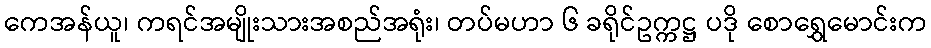
ကေအန်ယူ၊ ကရင်အမျိုးသားအစည်အရုံး၊ တပ်မဟာ ၆ ခရိုင်ဥက္ကဋ္ဌ ပဒို စောရွှေမောင်းက